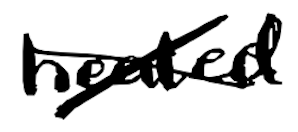
Text: heated
Cross-out: cross
Writing tool: digital_black